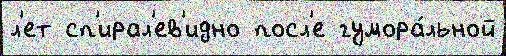
л'ет сп'ирал'ев'идно посл'е гумора́льной